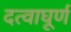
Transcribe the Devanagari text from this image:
दत्वाघूर्ण